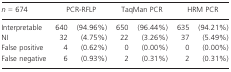
| n = 674 | <COLSPAN=2> PCR-RFLP | <COLSPAN=2> TaqMan PCR | <COLSPAN=2> HRM PCR |
 | --- | --- | --- | --- | --- | --- | --- |
 | Interpretable | 640 | (94.96%) | 650 | (96.44%) | 635 | (94.21%) |
 | NI | 32 | (4.75%) | 22 | (3.26%) | 37 | (5.49%) |
 | False positive | 4 | (0.62%) | 0 | (0.00%) | 0 | (0.00%) |
 | False negative | 6 | (0.93%) | 2 | (0.31%) | 2 | (0.31%) |